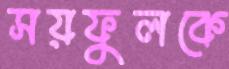
সয়ফুলকে